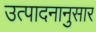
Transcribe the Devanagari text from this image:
उत्पादनानुसार